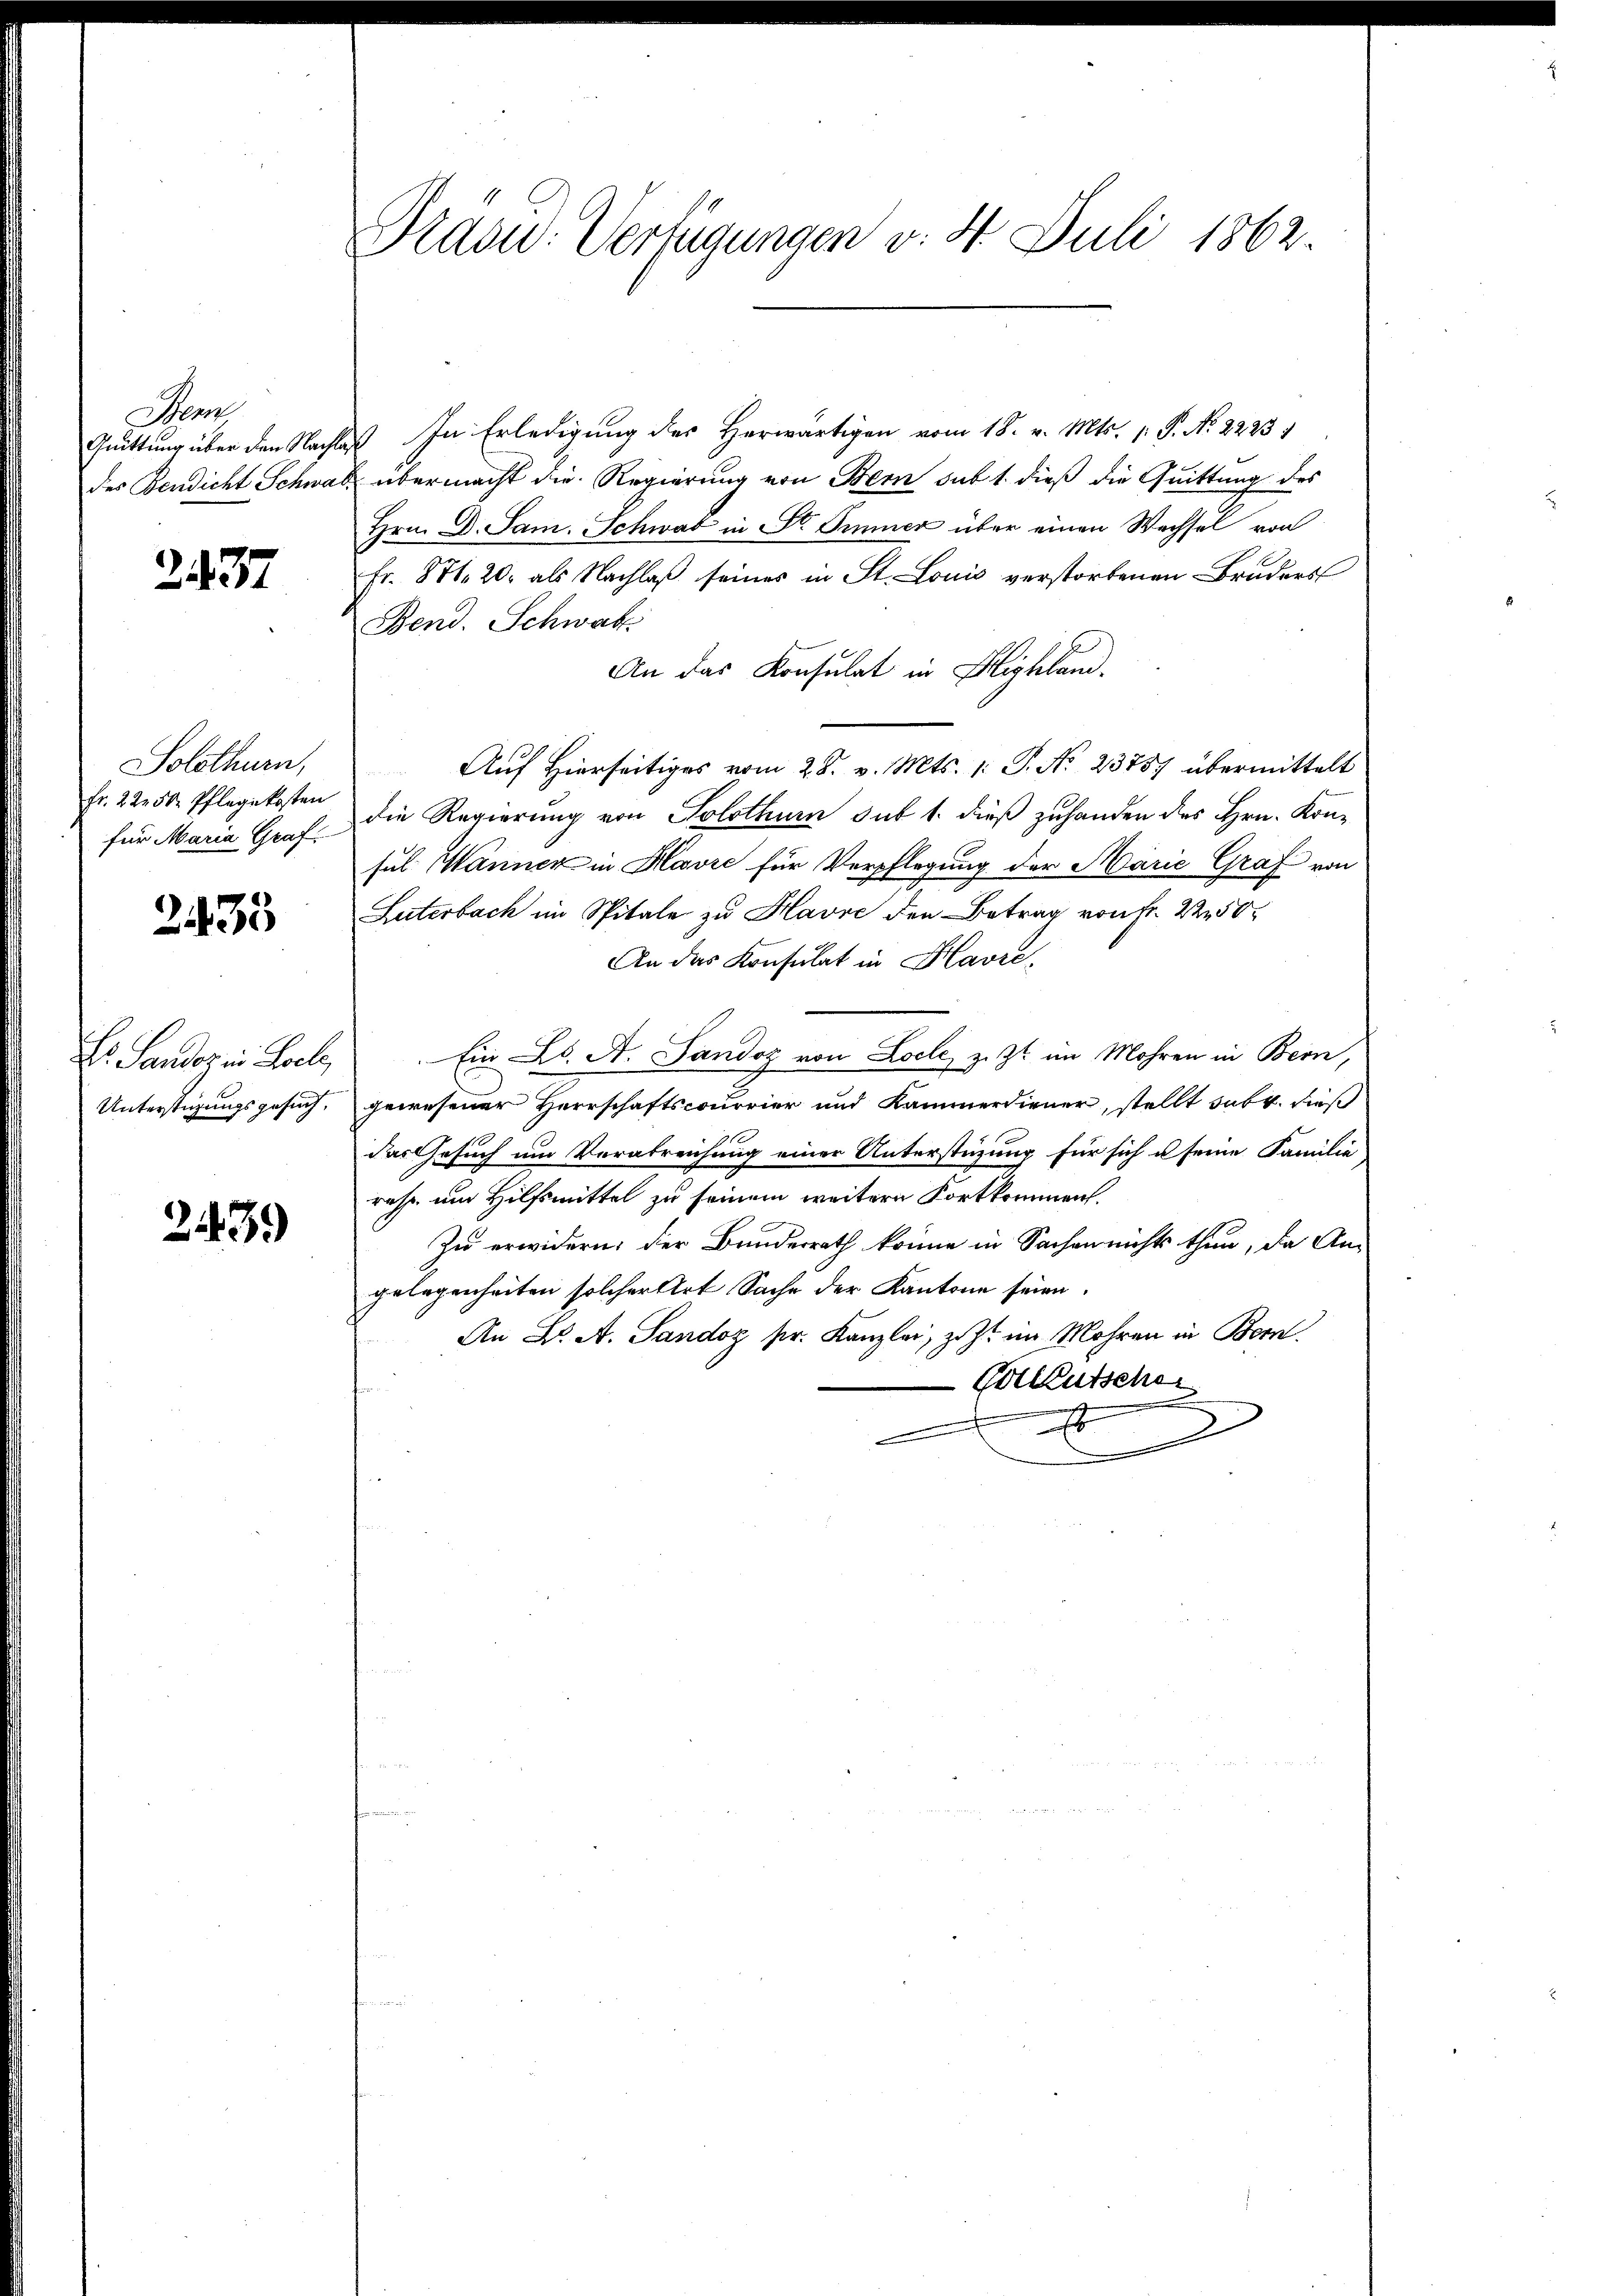
An
Quittung über den Nachlades Bendicht Schwar¬

2437

Solothurn,
Fr. 222 50. Pflegekosten
für Maria Graf

2435

Dr. Sander in Loch,
Unterstüzungsgesuch,

2439

Präsid. Verfügungen v. 4. Juli 1862.

In Erledigung des Herwärtigen vom 18. v. Mts. 1. P. No. 22254
übermacht die Regierung von Bern sub 1. dieß die Quittung des
Hrn. D. Sam. Schwad in St. Immer über einen Wechsel von
Fr. 871. 20. als Nachlaß seines in St. Louis verstorbenen Bruders
Bend. Schwab
An das Konsulat in Highland-
Auf Hierseitiges vom 28. v. Mts. 1: P. No 23757 übermittelt
die Regierung von Solothurn sub 1. dieß zuhanden des Hrn. Kon-
sul Männer in Havre für Verpflegung der Marie Graf von
Luterbach im Spitale zu Havre den Betrag von Fr. 2250
An das Konsulat in Havre-
Ein K. A. Tandoz von Loche, z. Zt. im Mohren in Bern,
gewesener Herrschaftscourrier und Kammerdiener, stellt subr. dieß
das Gesuch um Verabreichung einer Unterstüzung für sich u seine Familie
rehs um Hilfsmittel zu seinem weitere Fortkommen.
Zu erwidern der Bunderrath könne in Sachen nichts thun, da An-
gelegenheiten solcher Art Sache der Kantone seien.
An B. A. Sandoz pr. Kanzlei, zuz im Mohren in Bern.
Colleutsche
.